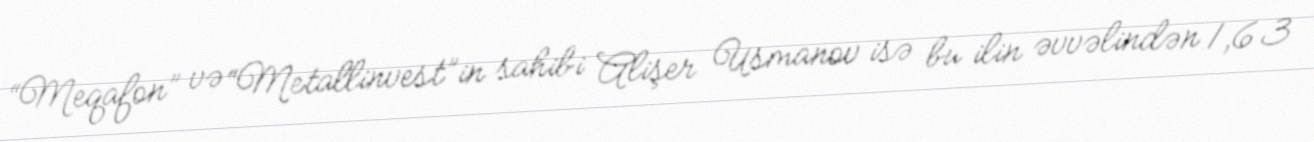
“Meqafon” və “Metallinvest”in sahibi Alişer Usmanov isə bu ilin əvvəlindən 1,63